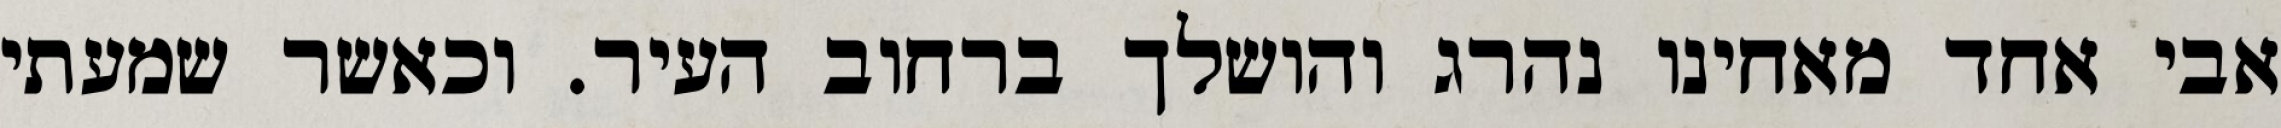
אבי אחד מאחינו נהרג והושלך ברחוב העיר. וכאשר שמעתי